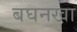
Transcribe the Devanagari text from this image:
बघनखा